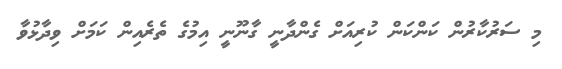
މި ސަރުކާރުން ކަންކަން ކުރިއަށް ގެންދާނީ ގާނޫނީ އިމުގެ ތެރެއިން ކަމަށް ވިދާޅުވާ